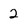
Character: 2